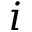
i